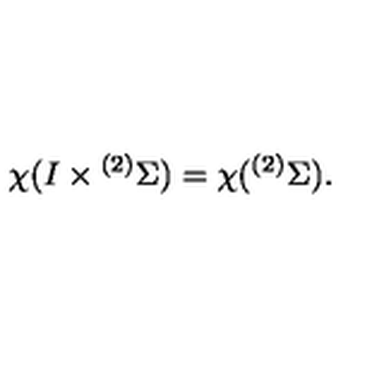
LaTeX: \chi ( I \times { } ^ { ( 2 ) } \Sigma ) = \chi ( { } ^ { ( 2 ) } \Sigma ) .